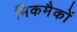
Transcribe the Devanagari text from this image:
मिकमैकों